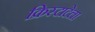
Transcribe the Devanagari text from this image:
क्रिस्टाटेला